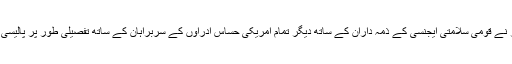
چند ماہ پہلے امریکی صدر نے قومی سلامتی ایجنسی کے ذمہ داران کے ساتھ دیگر تمام امریکی حساس ادراوں کے سربراہان کے ساتھ تفصیلی طور پر پالیسی میں ترامیم کا جائزہ لیا تھا۔